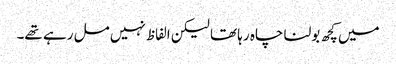
میں کچھ بولنا چاہ رہا تھا لیکن الفاظ نہیں مل رہے تھے۔